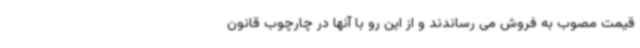
قیمت مصوب به فروش می رساندند و از این رو با آنها در چارچوب قانون